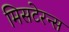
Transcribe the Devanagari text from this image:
मिसटेरन्स